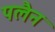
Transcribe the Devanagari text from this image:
पलैन